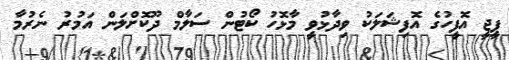
ޕީޖީ އޮފީހުގެ އޮފިޝަލަކު ވިދާޅުވީ މާޅޮހު ކޯޓުން ސަލާމް ދޫކޮށްލަން އަމުރު ނެރުމާ